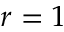
r = 1